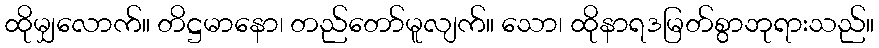
ထိုမျှလောက်။ တိဋ္ဌမာနော၊ တည်တော်မူလျက်။ သော၊ ထိုနာရဒမြတ်စွာဘုရားသည်။